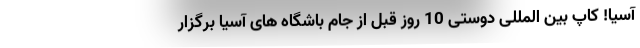
آسیا! کاپ بین المللی دوستی 10 روز قبل از جام باشگاه های آسیا برگزار